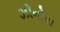
ઝીનોરા